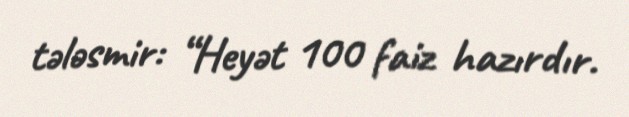
tələsmir: “Heyət 100 faiz hazırdır.